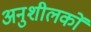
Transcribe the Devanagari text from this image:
अनुशीलकों